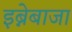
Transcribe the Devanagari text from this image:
इब्नेबाजा